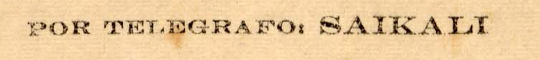
POR TELEGRAFO: SAIKALI